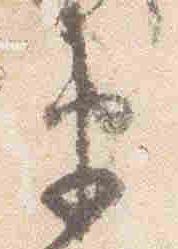
衛